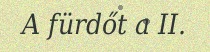
A fürdőt a II.